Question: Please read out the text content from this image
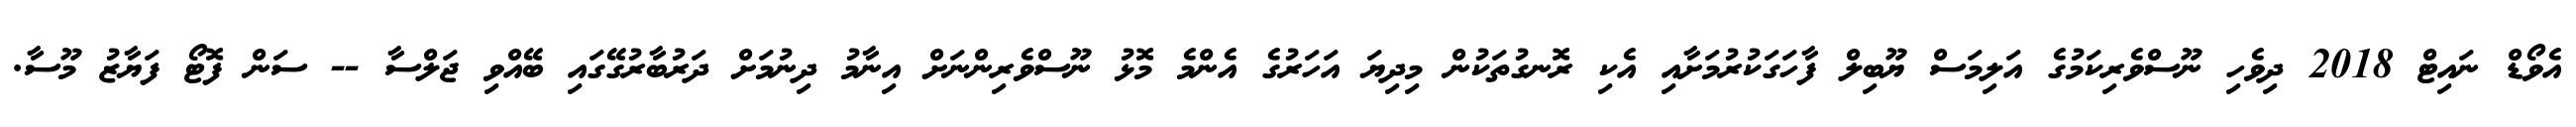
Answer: އެވޯޑް ނައިޓް 2018 ދިވެހި ނޫސްވެރިކަމުގެ އަލިމަސް ޔޫބިލް ފާހަގަކުރުމަށާއި އެކި ރޮނގުތަކުން މިދިޔަ އަހަރުގެ އެންމެ މޮޅު ނޫސްވެރިންނަށް އިނާމު ދިނުމަށް ދަރުބާރުގޭގައި ބޭއްވި ޖަލްސާ -- ސަން ފޮޓޯ ފަޔާޒު މޫސާ.